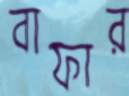
বাফার